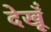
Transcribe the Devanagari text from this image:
देखूँ